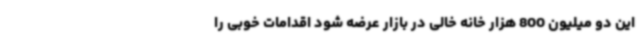
این دو میلیون 800 هزار خانه خالی در بازار عرضه شود اقدامات خوبی را